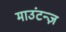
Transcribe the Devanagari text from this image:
माउंटन्ज़